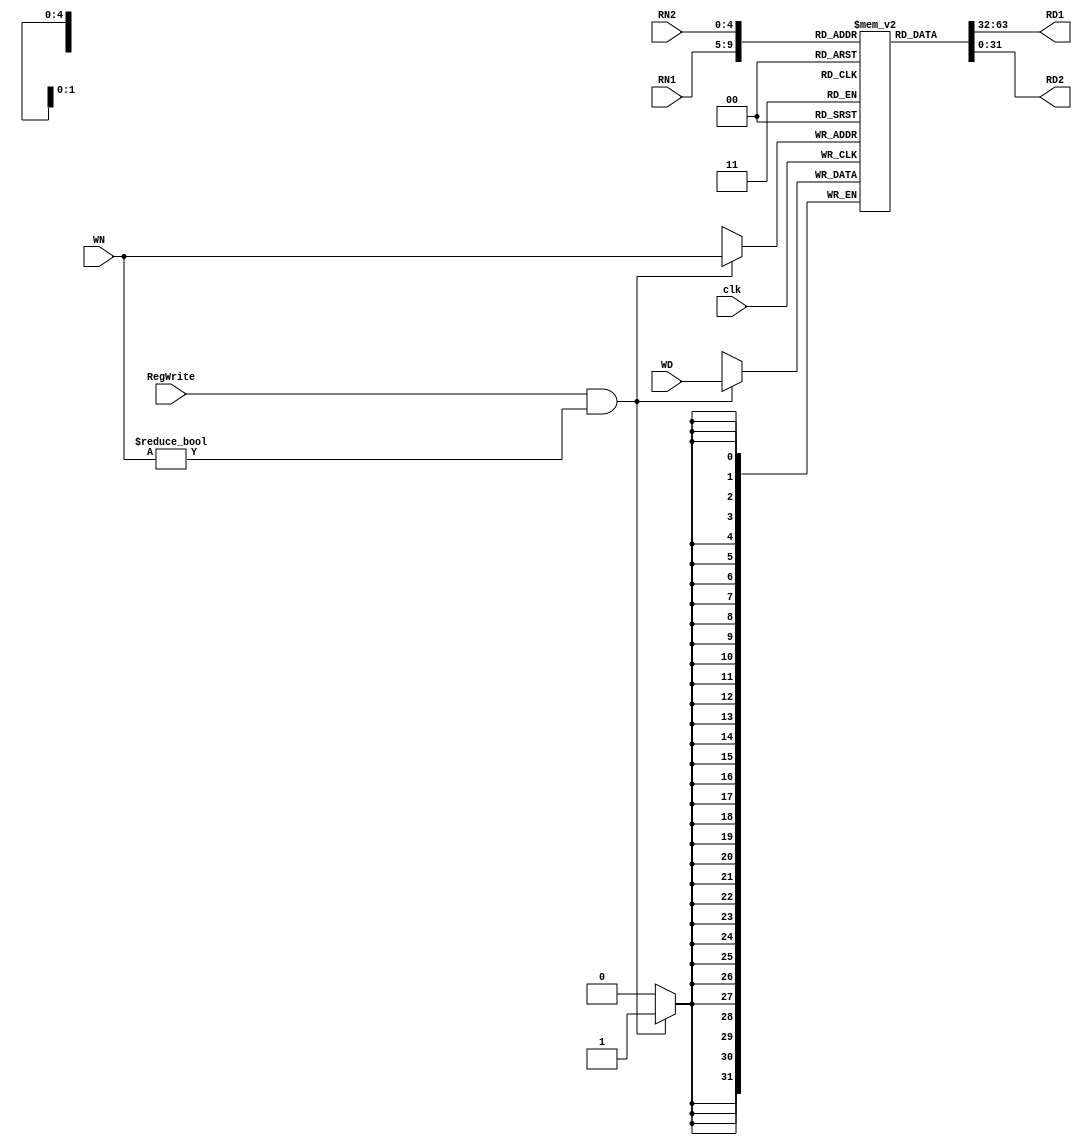
module reg_file(clk, RegWrite, RN1, RN2, WN, WD, RD1, RD2);
    input  clk, RegWrite;
    input  [4:0] RN1, RN2, WN;
    input  [31:0] WD;
    output [31:0] RD1, RD2; 
  
    wire[4:0] RN1, RN2;
  
    reg [31:0] RD1, RD2;
    reg [31:0] file_array[31:1];
    
    always @(RN1 or file_array[RN1]) begin
      RD1 <= 0 ? 32'd0 : file_array[RN1];
    end

    always @(RN2 or file_array[RN2]) begin
      RD2 <= 0 ? 32'd0 : file_array[RN2];
    end

    always @(posedge clk)
        if(RegWrite && WN != 0)
            file_array[WN] <= WD;

endmodule 

/**
	reg_file RegFile( .clk(clk), .RegWrite(RegWrite), .RN1(rs), .RN2(rt), .WN(wn), 
					  .WD(wd), .RD1(rd1), .RD2(rd2) );

*/